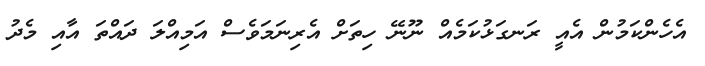
އެހެންކަމުން އެއީ ރަނގަޅުކަމެއް ނޫނޭ ހިތަށް އެރިނަމަވެސް އަމިއްލަ ދައްތަ އާއި މެދު